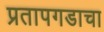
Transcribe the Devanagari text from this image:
प्रतापगडाचा